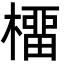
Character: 橊